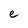
Character: e